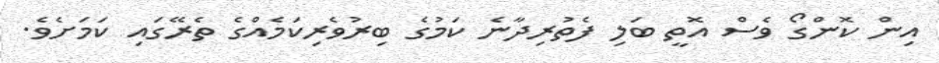
އިން ކޮންގޯ ވެސް އޮތީ ބަލި ފެތުރިދާނެ ކަމުގެ ބިރުވެރިކަމެއްގެ ތެރޭގައި ކަމަށެވެ.